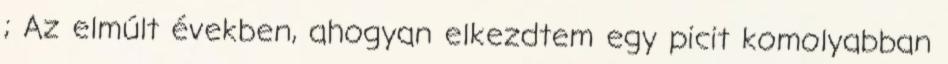
; Az elmúlt években, ahogyan elkezdtem egy picit komolyabban